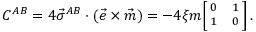
C ^ { A B } = 4 \vec { \sigma } ^ { A B } \cdot ( \vec { e } \times \vec { m } ) = - 4 \xi m { { \footnotesize \left[ \! \! \begin{array} { c c } { { 0 } } & { { 1 } } \\ { { 1 } } & { { 0 } } \end{array} \! \! \right] } } \, .